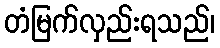
တံမြက်လှည်းရသည်၊